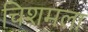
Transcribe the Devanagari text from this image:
चिशमला